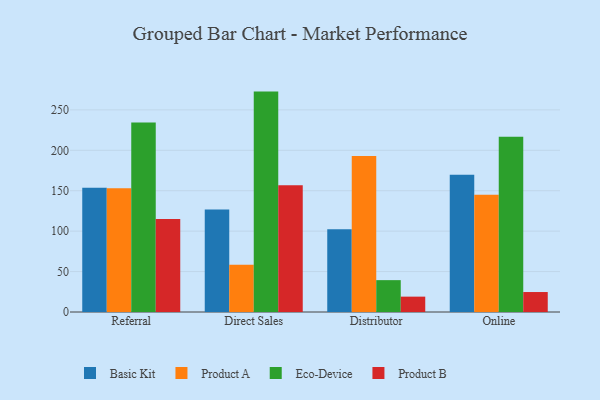
{"axis": {"x": "Channel", "y": "Page Views"}, "legend": ["Basic Kit", "Eco-Device", "Product A", "Product B"], "data": [{"x": "Referral", "y": 153.8, "type": "Basic Kit"}, {"x": "Referral", "y": 153.2, "type": "Product A"}, {"x": "Referral", "y": 234.4, "type": "Eco-Device"}, {"x": "Referral", "y": 115.1, "type": "Product B"}, {"x": "Direct Sales", "y": 126.9, "type": "Basic Kit"}, {"x": "Direct Sales", "y": 58.4, "type": "Product A"}, {"x": "Direct Sales", "y": 272.6, "type": "Eco-Device"}, {"x": "Direct Sales", "y": 156.7, "type": "Product B"}, {"x": "Distributor", "y": 102.2, "type": "Basic Kit"}, {"x": "Distributor", "y": 192.8, "type": "Product A"}, {"x": "Distributor", "y": 39.4, "type": "Eco-Device"}, {"x": "Distributor", "y": 19.0, "type": "Product B"}, {"x": "Online", "y": 169.8, "type": "Basic Kit"}, {"x": "Online", "y": 145.0, "type": "Product A"}, {"x": "Online", "y": 216.8, "type": "Eco-Device"}, {"x": "Online", "y": 24.7, "type": "Product B"}]}